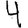
Digit: 4